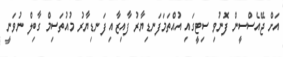
އަށް ޖޭއެސްސީން ފޮނުވި ސިޓީގައި އުއްތަމަފަނޑިޔާރު ފާއިޒާއި ފަނޑިޔާރު މުއުތަސިމް ގާބިލް ނުވަނީ